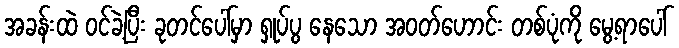
အခန်းထဲ ဝင်ခဲ့ပြီး ခုတင်ပေါ်မှာ ရှုပ်ပွ နေသော အဝတ်ဟောင်း တစ်ပုံကို မွေ့ရာပေါ်